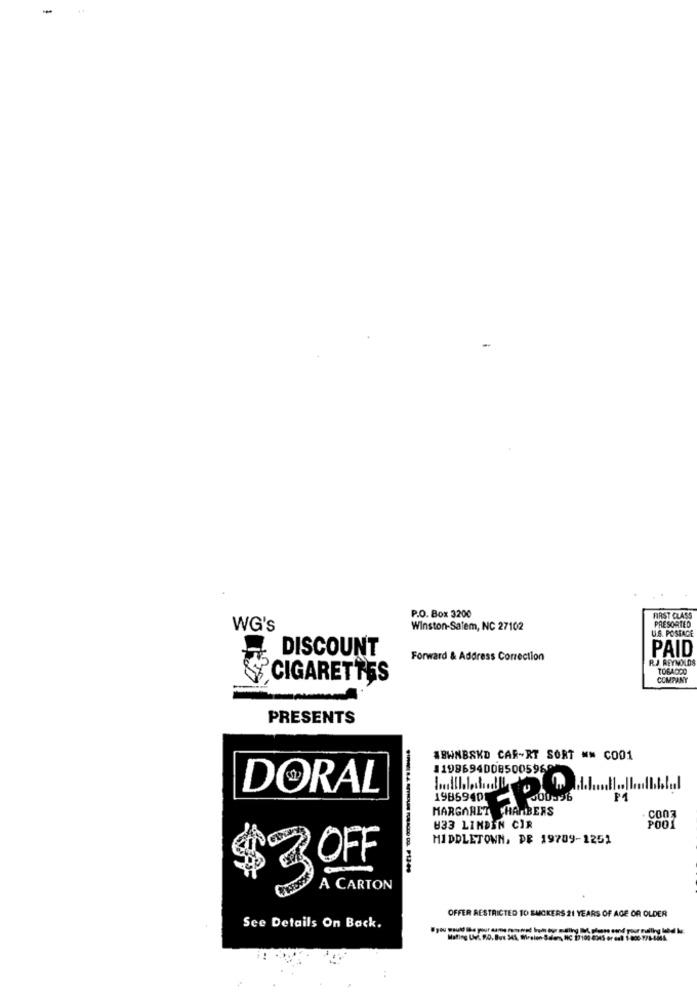
-
P.O. Box 3200
FIRST CLASS
WG's
Winston-Salem, NC 27102
U.S. POSTAGE
PRESORTED
PAID
DISCOUNT
Forward & Address Correction
RJ REYNOLDS
CIGARETTES
COMPANY
PRESENTS
ABWNBSKD CAR-RT SORT ## C001
11996940085005960
DORAL
19869401
200196
MARGARET CHAMBERS
. CO03
833 LINDEN CIR
POOL
MIDDLETOWN, DE 19709-1251
OFF
$ 3
A CARTON
OFFER RESTRICTED TO SMOKERS 21 YEARS OF AGE OR OLDER
See Details On Back.